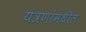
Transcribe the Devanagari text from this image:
यंत्रणांमधील